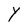
Character: Y